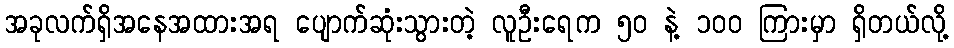
အခုလက်ရှိအနေအထားအရ ပျောက်ဆုံးသွားတဲ့ လူဦးရေက ၅၀ နဲ့ ၁၀၀ ကြားမှာ ရှိတယ်လို့